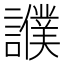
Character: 𧭎